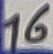
Text: 16